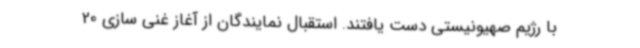
با رژیم صهیونیستی دست یافتند. استقبال نمایندگان از آغاز غنی سازی 20